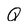
Character: Q